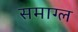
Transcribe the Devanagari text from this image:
समाग्ल